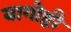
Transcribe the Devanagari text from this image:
यागोष्टी